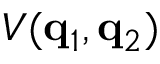
V ( \ensuremath { \mathbf { q } } _ { 1 } , \ensuremath { \mathbf { q } } _ { 2 } )